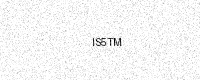
Text: IS5TM